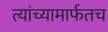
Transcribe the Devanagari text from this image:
त्यांच्यामार्फतच